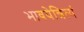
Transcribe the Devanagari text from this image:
भावयेन्नित्यं